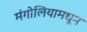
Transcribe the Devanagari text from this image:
मंगोलियामधून